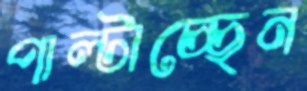
পাল্‌টাচ্ছেন